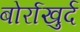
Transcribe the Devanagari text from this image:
बोर्राखुर्द